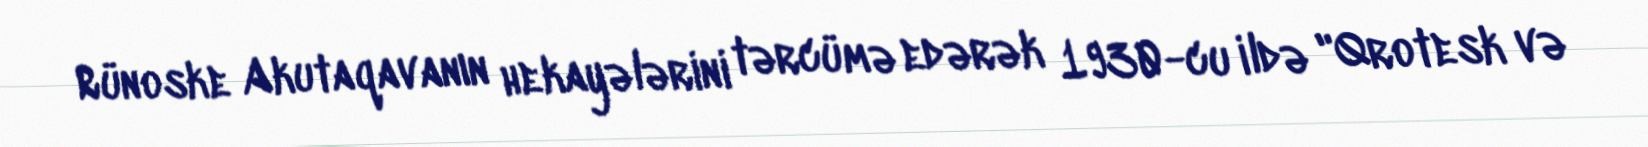
Rünoske Akutaqavanın hekayələrini tərcümə edərək 1930-cu ildə "Qrotesk və